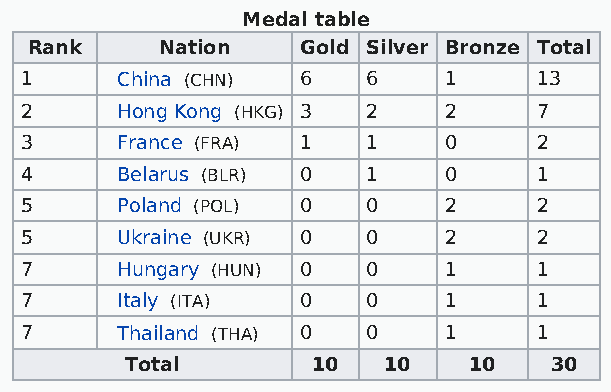
Medal table
 Rank    Nation    Gold Silver Bronze Total
 1      China (CHN) 6   6    1     13
 2      Hong Kong (HKG) 3 2  2     7
 3      France (FRA) 1  1    0     2
 4      Belarus (BLR) 0 1    0     1
 5      Poland (POL) 0  0    2     2
 5      Ukraine (UKR) 0 0    2     2
 7      Hungary (HUN) 0 0    1     1
 7      Italy (ITA) 0   0    1     1
 7      Thailand (THA) 0 0   1     1
 Total        10  10    10   30